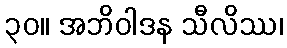
၃၀။ အဘိဝါဒန သီလိဿ၊